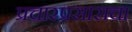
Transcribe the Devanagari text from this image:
प्रचारप्रसाराचा